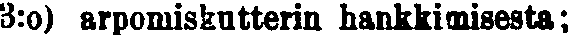
3:o) arpomiskutterin hankkimisesta;